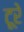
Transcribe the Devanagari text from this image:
टूरे